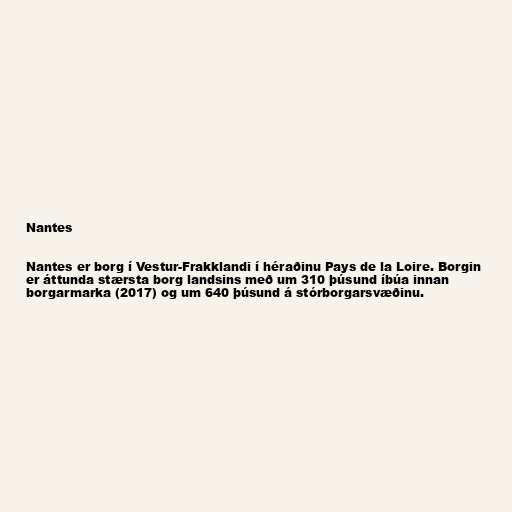
Nantes

Nantes er borg í Vestur-Frakklandi í héraðinu Pays de la Loire. Borgin
er áttunda stærsta borg landsins með um 310 þúsund íbúa innan
borgarmarka (2017) og um 640 þúsund á stórborgarsvæðinu.